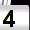
Digit: 4